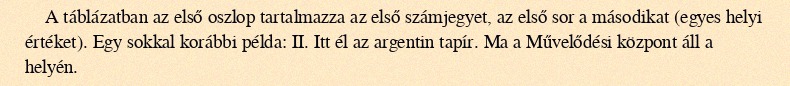
A táblázatban az első oszlop tartalmazza az első számjegyet, az első sor a másodikat (egyes helyi értéket). Egy sokkal korábbi példa: II. Itt él az argentin tapír. Ma a Művelődési központ áll a helyén.